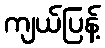
ကျယ်ပြန့်